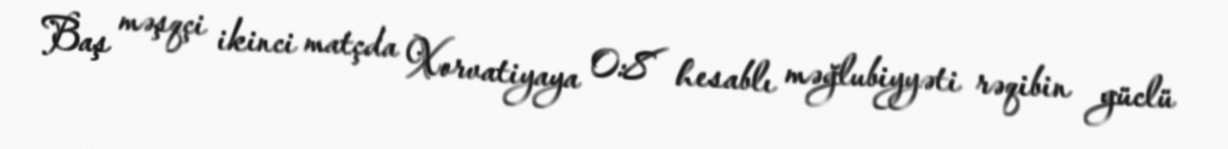
Baş məşqçi ikinci matçda Xorvatiyaya 0:8 hesablı məğlubiyyəti rəqibin güclü